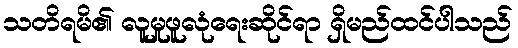
သတိရမိ၏ လူမှုဖူလုံရေးဆိုင်ရာ ရှိမည်ထင်ပါသည်